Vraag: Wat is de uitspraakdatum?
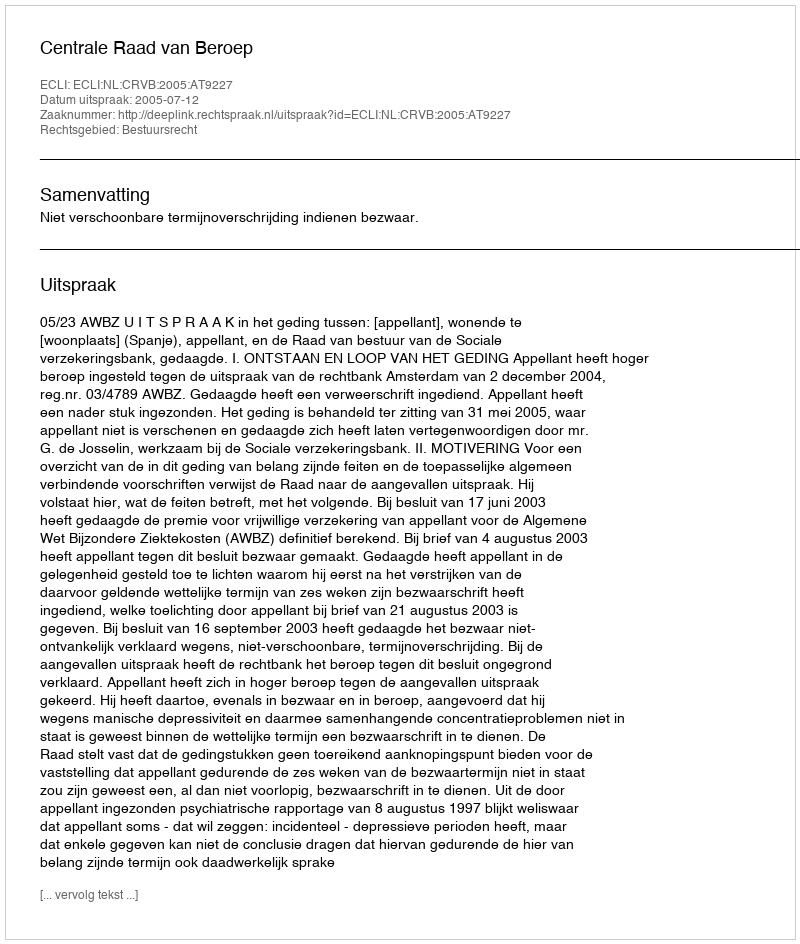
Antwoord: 2005-07-12